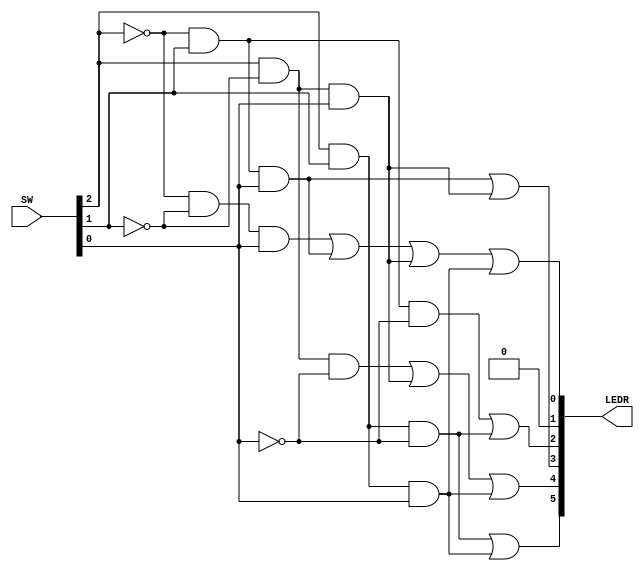
module square(SW, LEDR);

input   [9:0]   SW;
output  [9:0]   LEDR;

wire [2:0] a = SW[2:0];
wire [5:0] y;

assign LEDR[5:0] = y;

assign y[0] = (~a[2] & ~a[1] & a[0]) | (~a[2] & a[1] & a[0]) | (a[2] & ~a[1] & a[0]) | (a[2] & a[1] & a[0]);

assign y[1] = 1'b0;

assign y[2] = (~a[2] & a[1] & ~a[0]) | (a[2] & a[1] & ~a[0]);

assign y[3] = (~a[2] & a[1] & a[0]) | (a[2] & ~a[1] & a[0]);

assign y[4] = (a[2] & ~a[1] & ~a[0]) | (a[2] & ~a[1] & a[0]) | (a[2] & a[1] & a[0]);

assign y[5] = (a[2] & a[1] & ~a[0]) | (a[2] & a[1] & a[0]);

endmodule